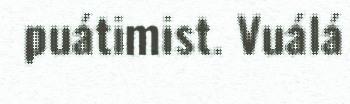
puátimist. Vuálá